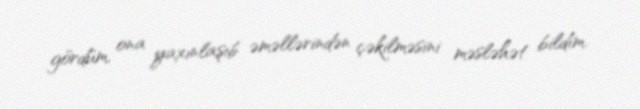
gördüm, ona yaxınlaşıb əməllərindən çəkilməsini məsləhət bildim.